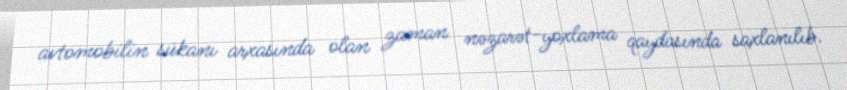
avtomobilin sükanı arxasında olan zaman nəzarət-yoxlama qaydasında saxlanılıb.